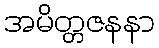
အမိတ္တဇနနာ